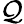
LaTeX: {\cal\mathcal{Q}}